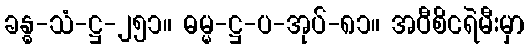
ခန္ဓ-သံ-ဋ္ဌ-၂၅၁။ ဓမ္မ-ဋ္ဌ-ပ-အုပ်-၈၁။ အဝီစိငရဲမီးမှာ